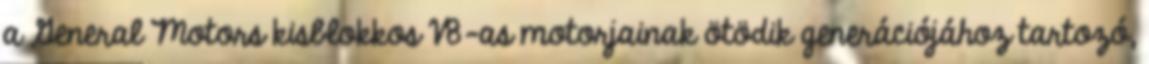
a General Motors kisblokkos V8-as motorjainak ötödik generációjához tartozó,